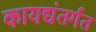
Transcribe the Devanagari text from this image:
कायद्यंतर्गत